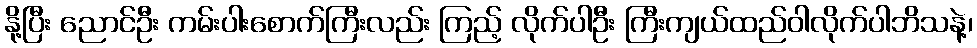
နို့ပြီး ညောင်ဦး ကမ်းပါးစောက်ကြီးလည်း ကြည့် လိုက်ပါဦး ကြီးကျယ်ထည်ဝါလိုက်ပါဘိသနဲ့၊